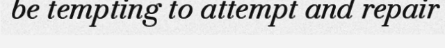
be tempting to attempt and repair